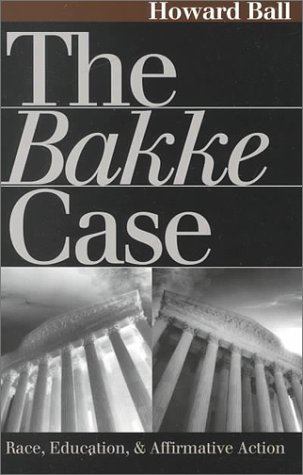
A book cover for The Bakke Case: Race, Education, and Affirmative Action; Howard Ball; Law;